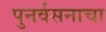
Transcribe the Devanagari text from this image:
पुनर्वसनाचा